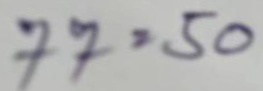
77 = 50